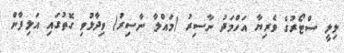
ލިލީ ސްޓޯރުގެ ވެރިޔާ އަހްމަދު ނާސިރު (މައްލާ ނާސިރު) ވިދާޅުވި ގޮތުގައި އަލިފާން